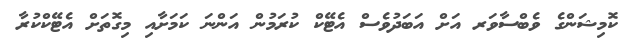
ކޮމިޝަންގެ ވެބްސާވަރ އަށް އަބަދުވެސް އެޓޭކް ކުރަމުން އަންނަ ކަމަށާއި މިގޮތަށް އެޓޭކްކުރާ